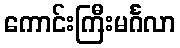
ကောင်းကြီးမင်္ဂလာ